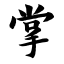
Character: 掌